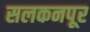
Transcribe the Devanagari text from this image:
सलकनपूर